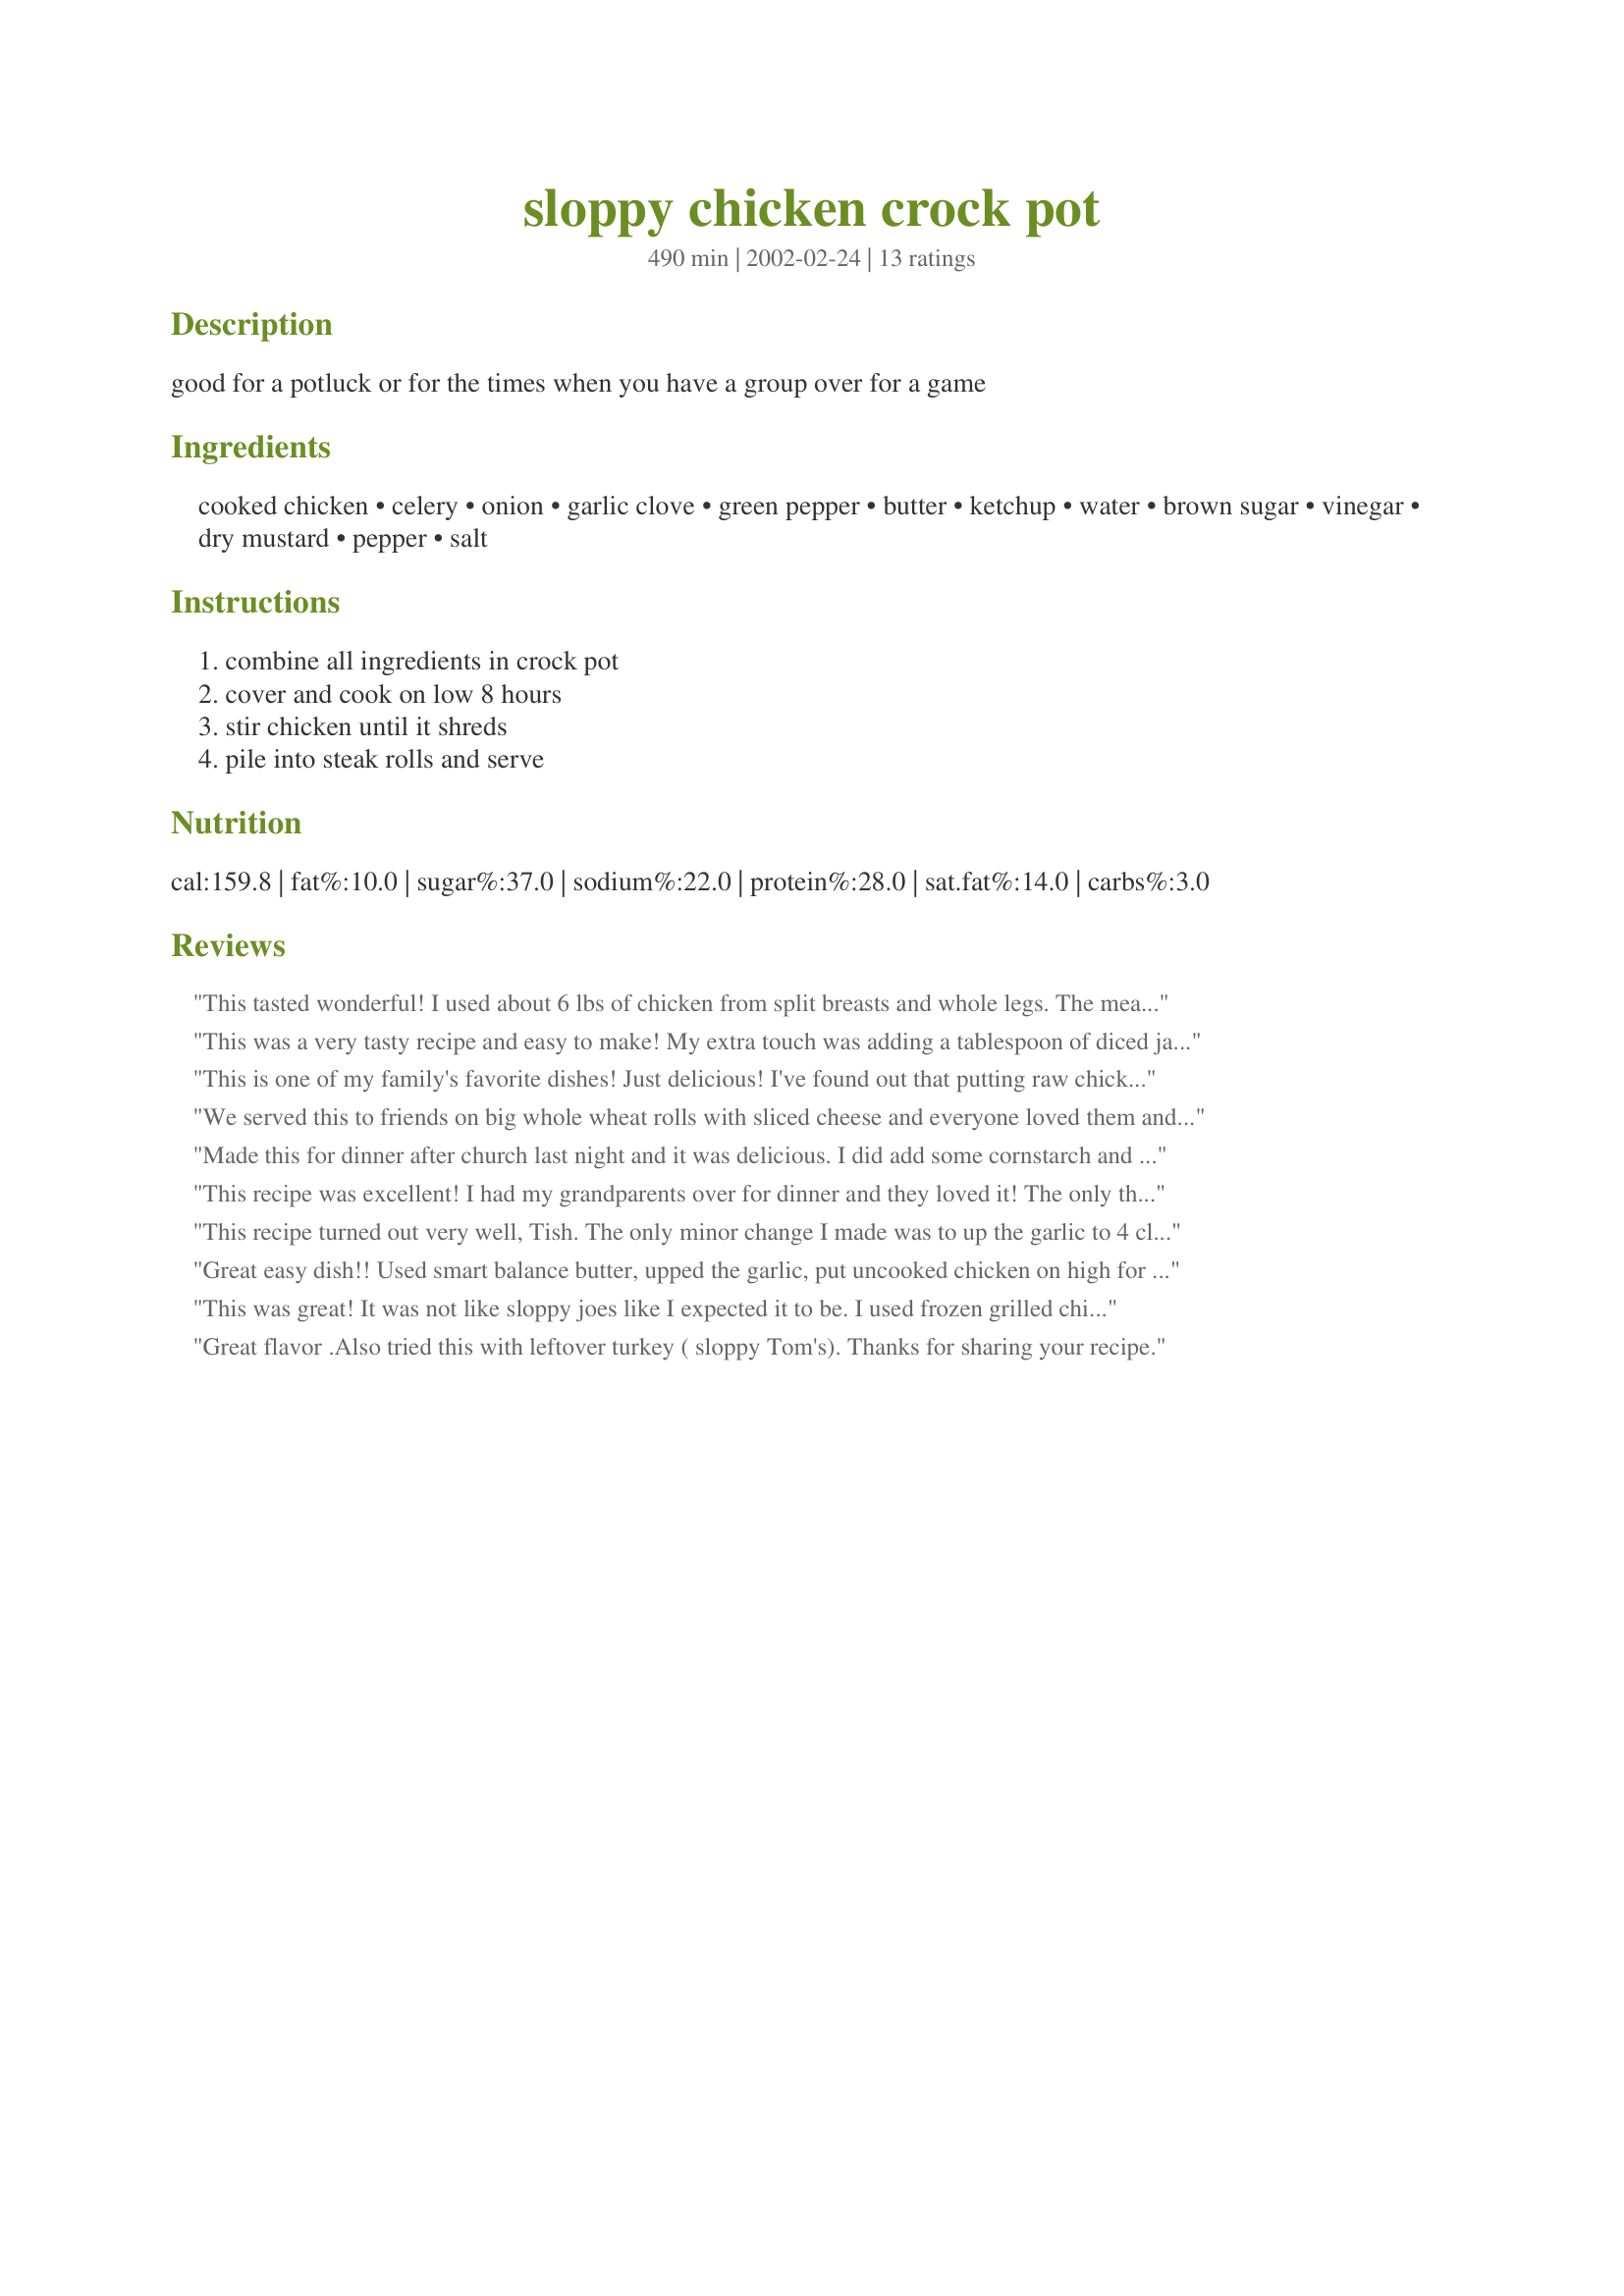
sloppy chicken crock pot
Preparation time: 490 minutes

good for a potluck or for the times when you have a group over for a game

Ingredients:
cooked chicken, celery, onion, garlic clove, green pepper, butter, ketchup, water, brown sugar, vinegar, dry mustard, pepper, salt

Steps:
combine all ingredients in crock pot, cover and cook on low 8 hours, stir chicken until it shreds, pile into steak rolls and serve

Reviews:
This tasted wonderful! I used about 6 lbs of chicken from split breasts and whole legs. The meat shredded nicely after a few minutes of constant stirring. I served on hamburger buns. I accidently added 2 Tbsp of mustard rather than 2 tsp, we loved it. Sweet and tangy; thanks for posting!
This was a very tasty recipe and easy to make! My extra touch was adding a tablespoon of diced jalapeno peppers. Not to hot, but added an extra kick!! This is a keeper!
This is one of my family's favorite dishes! Just delicious! I've found out that putting raw chicken breasts in the crockpot and cooking it all on high a few hours then switching to low works well too--great for a busy morning when you want to throw something together for dinner quickly. They shred just as nicely and it is great to eliminate the need to cook the chicken seperately first.
We served this to friends on big whole wheat rolls with sliced cheese and everyone loved them and asked for seconds. Definitely making this one again!
Made this for dinner after church last night and it was delicious. I did add some cornstarch and water to thicken the sauce enough for sandwiches, but the flavor can't be beat! I used Chia's catsup recipe #90673 and Splenda brown sugar blend to cut back on calories. I had plenty left over as there is only two of us, so I used the rest tonight making Tebo's unrolled cabbage #11385 and it was a hit also. Thanks, Carole in Orlando
This recipe was excellent! I had my grandparents over for dinner and they loved it! The only thing I changed was I put in 4 cloves of garlic. We will make this recipe over and over again! Love it! Thank you!
This recipe turned out very well, Tish. The only minor change I made was to up the garlic to 4 cloves. I used a combination of chicken breast and thigh meat which shredded easily. The sauce had just the right blend of tangy-sweet. A very easy recipe that is right for our busy life-style. Thanks.
Great easy dish!! Used smart balance butter, upped the garlic, put uncooked chicken on high for about two hours then put to low and then instead of buns, made low carb wraps out of them!! Very easy low carb meal and tasty too!!!!! Thanks for all suggestions and the recipe.!!!
This was great! It was not like sloppy joes like I expected it to be. I used frozen grilled chicken strips instead of cooking chicken beforehand. Also, we were out of rolls so I baked some potatoes and used the chicken as a topping. YUM! Will definitely make again!
Great flavor .Also tried this with
leftover turkey ( sloppy Tom's).
Thanks for sharing your recipe.
This was good! The only difference is that I did cook the onions and celery in the butter to soften them before I placed them in the crock pot. It was delicious! Oh I did leave out the green pepper as I did not have one on hand.
What great flavor. This was a nice meal that didn't take much effort. The only thing I would change is to thicken the broth by adding 2 Tablespoons of quick cooking tapioca with other ingredients. It was to wet for the buns. I even used a slotted spoon. I also placed frozen chicken breasts in at the beginning and pulled it out to shred before serving. Put shredded chicken back in crockpot to warm. This was a very low calorie meal for those who are on weight watchers. I placed the sloppy chicken on a low-calorie hamburgher bun. I can get a hamburgher bun in my local grocery store that is only 1 point. Thanks again for such a tasty recipe.
It was my first time using my new crockpot and I'm really glad I chose this recipe because it turned out so well! I cut this recipe in half, used tomato sauce instead of ketchup and Dijon mustard instead of dry mustard. I put all the ingredients at the bottom and placed raw whole chicken breasts on top. After a few hours, I removed the breasts, sliced them up and mixed it in with everything else to cook the rest of the way. This cooked for maybe a little more than 4 hours on high for me since I didn't have as much time, but it still turned out great, and I also added a whole bunch of dried herbs and more salt and pepper near the last hour for more flavour, and thickened the sauce up with cornstarch and water. This was great with rice!
